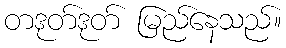
တဒုတ်ဒုတ် မြည်နေသည်။